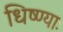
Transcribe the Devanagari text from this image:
धिष्ण्याः